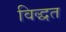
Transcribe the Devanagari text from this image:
विद्धत